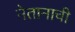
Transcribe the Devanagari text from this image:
नेतानाची